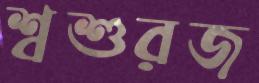
শ্বশুরজ